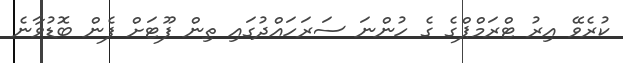
ކުރެވޭ އިރު ޓްރަމްޕްގެ ގެ ހުންނަ ސަރަހައްދުގައި ތިން ފޫޓަށް ފެން ބޮޑުވާނެ